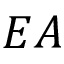
E A